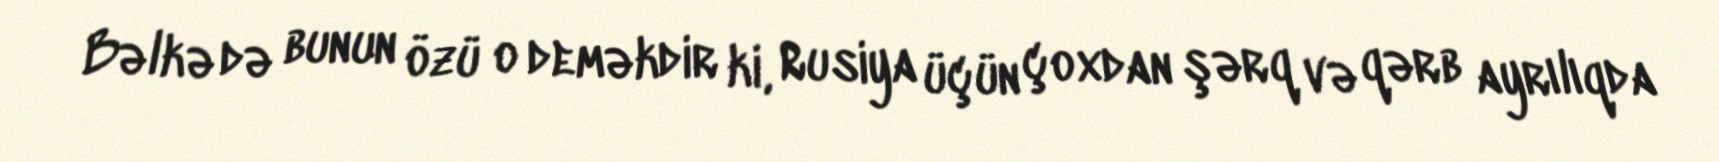
Bəlkə də bunun özü o deməkdir ki, Rusiya üçün çoxdan şərq və qərb ayrılıqda